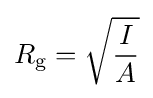
R_{\mathrm {g} }={\sqrt {\frac {I}{A}}}